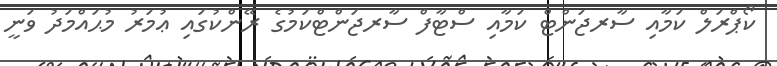
ކޯޕްރަލް ކަމާއި ސާރޖަންޓް ކަމާއި ސްޓާފް ސާރޖަންޓްކަމުގެ ރޭންކުގައި ޢުމަރު މުޙައްމަދު ވަނީ